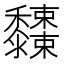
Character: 𪐓